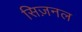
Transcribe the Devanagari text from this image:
सिज़नल